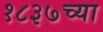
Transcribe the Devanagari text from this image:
१८३७च्या